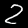
Label: 2